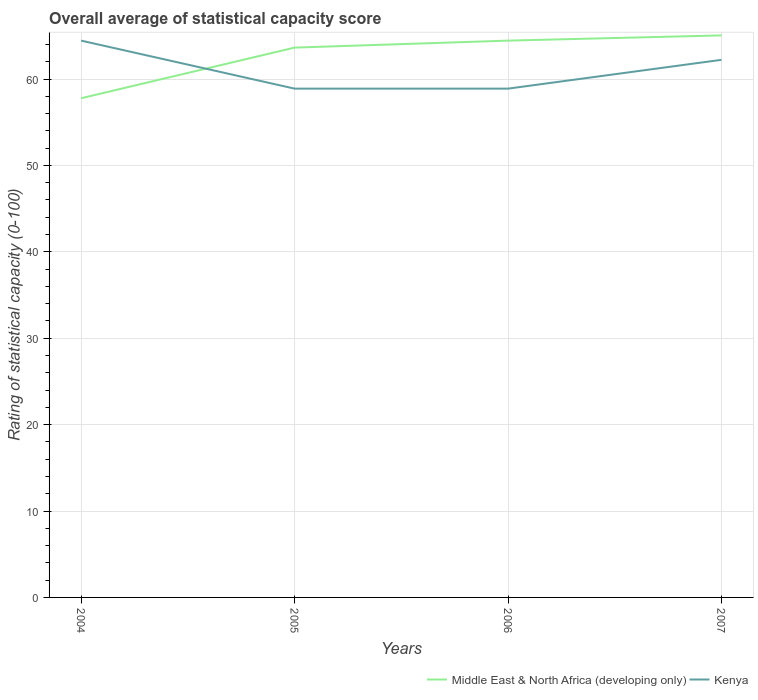
| Years | Middle East & North Africa (developing only) | Kenya |
 | --- | --- | --- |
 | 2004 | 57.8 | 64.4 |
 | 2005 | 63.6 | 58.9 |
 | 2006 | 64.4 | 58.9 |
 | 2007 | 65.1 | 62.2 |